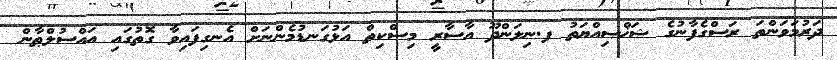
ދަރުމަވަންތަ ރަސްގެފާނުގެ ޝަޚްޞިއްޔަތު ފ.ނިލަންދޫ އާސާރީ މިސްކިތް އަޅުގަނޑުމެންނަށް އެނގިފައިވާ ގޮތުގައި އައްސުލްޠާން